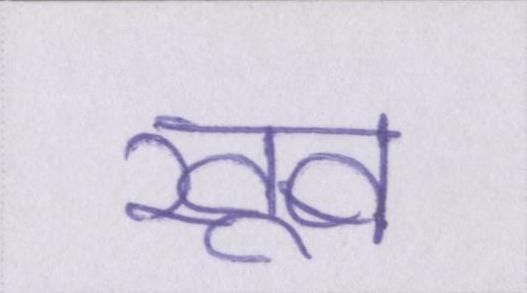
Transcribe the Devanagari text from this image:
खूब